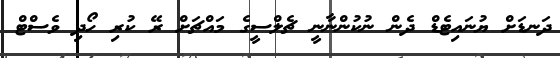
ދަނޑަށް ޔުނައިޓެޑް ދެން ނުކުންނާނީ ޗެލްސީގެ މައްޗަށް ރޭ ކުރި ހޯދި ވެސްޓް